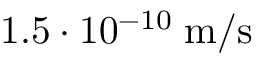
1 . 5 \cdot 1 0 ^ { - 1 0 } \; \mathrm { m } / \mathrm { s }